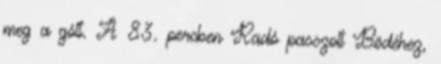
meg a gólt. A 83. percben Radó passzolt Bödéhez,